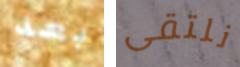
بعد نلتقى